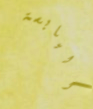
اليابسة